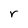
Character: r